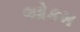
ઓકમ